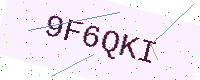
Text: 9F6QKI